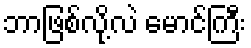
ဘာဖြစ်လို့လဲ မောင်ကြီး